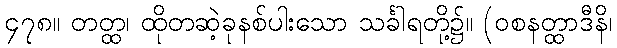
၄၇၈။ တတ္ထ၊ ထိုတဆဲ့ခုနစ်ပါးသော သင်္ခါရတို့၌။ (ဝစနတ္ထာဒီနိ၊